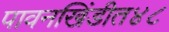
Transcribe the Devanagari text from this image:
पावनखिंडीत४८